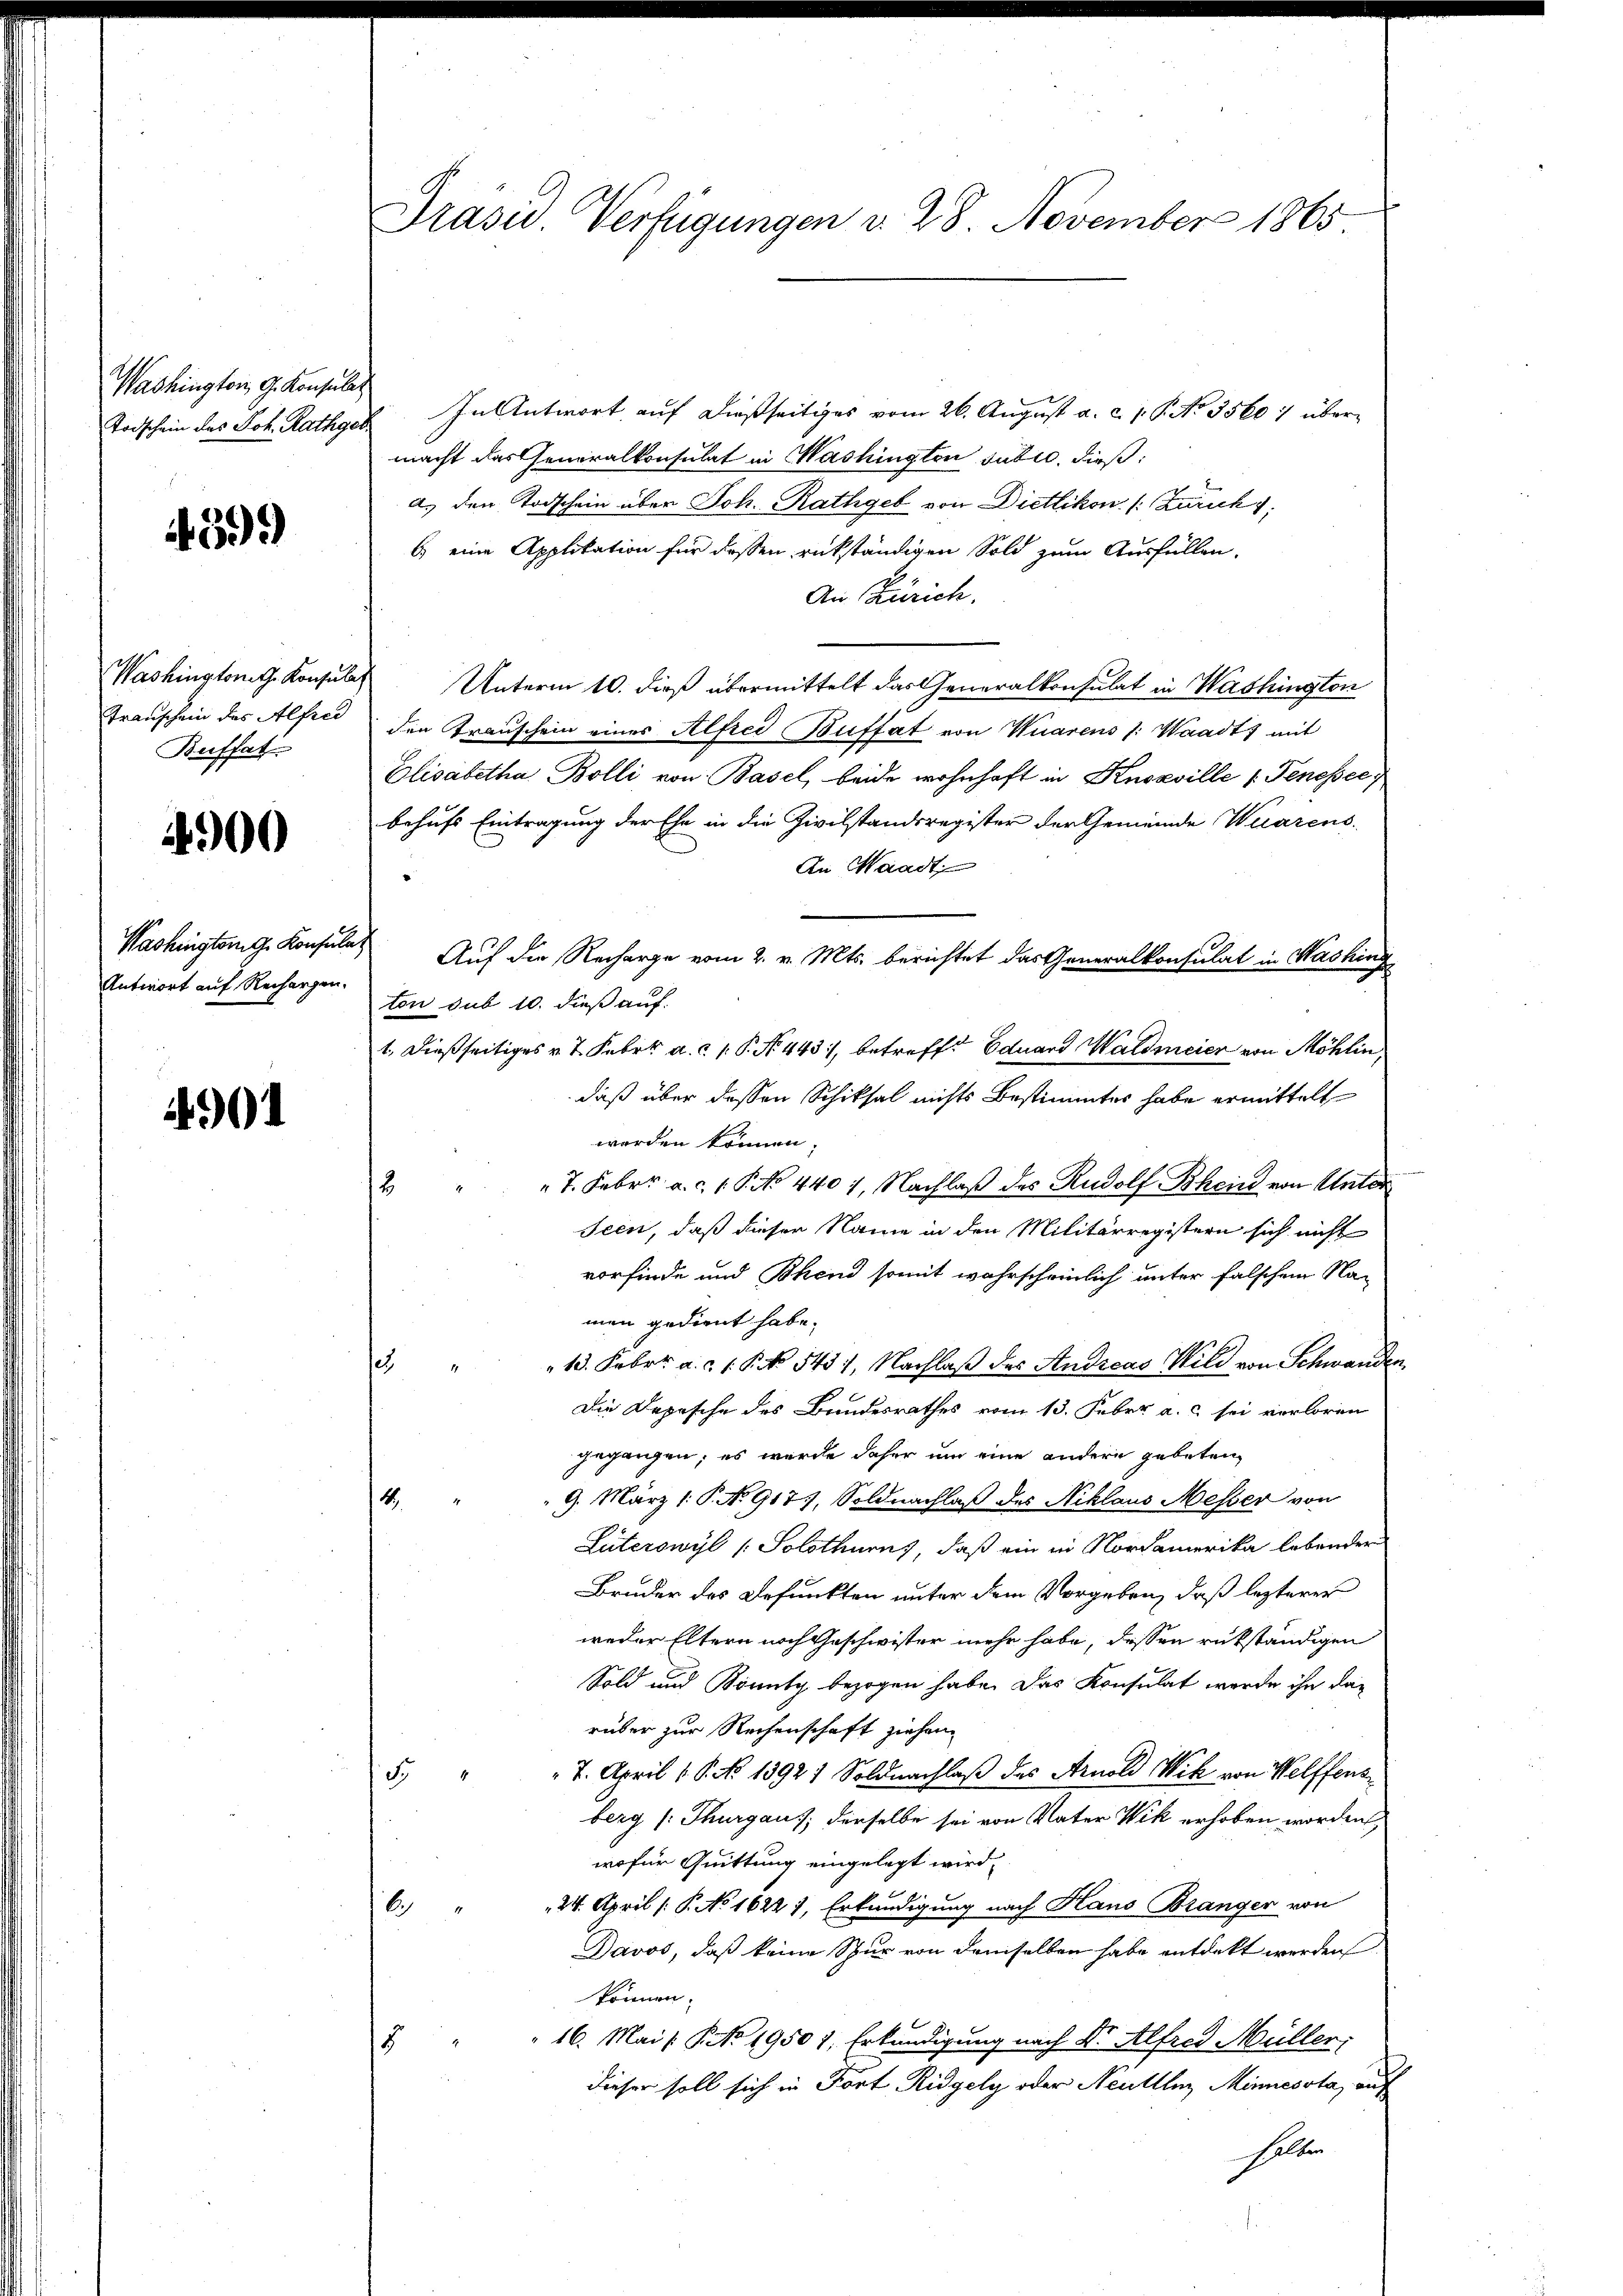
Washington G. Konsulat
Todschein des Joh. Rathgel

4599)

Washingtonath. Konsulat
Transchein des Alfred
Beffat

400

Washington G. Konsula
Antwort auf Rechargen.

4901

Präsid. Verfügungen d. 28. November 1865

In Antwort auf dießseitiges vom 26. August a. c. 1. P. No. 35607 übermacht das Generalkonsulat in Washingten subic, dieß:
a. den Todschein über Joh. Rathgeb von Dietlikon (: Zuruck 1;
6) eine Applikation für dessen rükständigen Sold zum Ausfüllen.
An Zürich.
Unterm 10. dieß übermittelt das Generalkonsulat in Washington
den Transchein einer Alfred Buffat von Vuarens /: Waadt) mit
Elisabetha Bolli von Basel, beide wohnhaft in Knoxville (Tenesser
behufs Eintragung der Ehe in die Zivilstandsregister der Gemeinde Waarens
An Waadt
Auf die Recharge vom 2. v. Mts. berichtet das Generalkonsulat in Washing
ton sub 10. dieß auf.
1. dießseitiges v. 7. Febr. a. c. 1. P. No. 443, betreff Eduard Waldmeier von Möhlin,
daß über dessen Schiksal nichts Bestimmtes habe ermittelt
worden können;
7. Febr. a. c. 1 P. No 4401, Nachlaß des Rudolf Bhein von Unter
2
Seen, daß dieser Name in den Militärregistern sich nicht
vorfinde und Bhend somit wahrscheinlich unter falschen Na-
men gedient habe.
" 13. Febr. a. c. 1. No 1431, Nachlaß des Andreas Wild von Schwanden,
e
Die Depesche des Bundesrathes vom 13. Feber a.c. sei verloren
gegangen; es wurde daher um eine andern gebeten
9. März 1. P. No 917, Soldnachlaß des Niklaus Messer von
4
Luterowyl /: Solothurns, daß ein in Nordamerika lebender
Bruder des Befunkten unter dem Vorgeben, daß lezteres
weder Eltern noch Geschwister mehr habe, dessen rükständigen
Sold und Könnte bezogen habe. Das Konsulat werde ihn das
rüber zur Rechenschaft ziehen,
7. April 1 S. No 1392) Soldnachlaß des Arnold Wik von Welffens¬
54
berg (Thurgau; derselbe sei von Vater Wik erhoben worden,
wofür Quittung eingelegt wird,
24. April ( P. No 1622 1, Erkundigung nach Haus Brangen von
6
Davos, daß keine Spur von demselben habe entdeckt werden
können.
16. Mai / P NNo. 1950 1, Erkundigung nach Dr. Alfred Müller;
.
dieser soll sich in Fort Ridgely oder Neuttler Minnessta, auf
halten